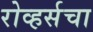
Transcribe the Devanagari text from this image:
रोव्हर्सचा